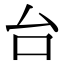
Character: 台